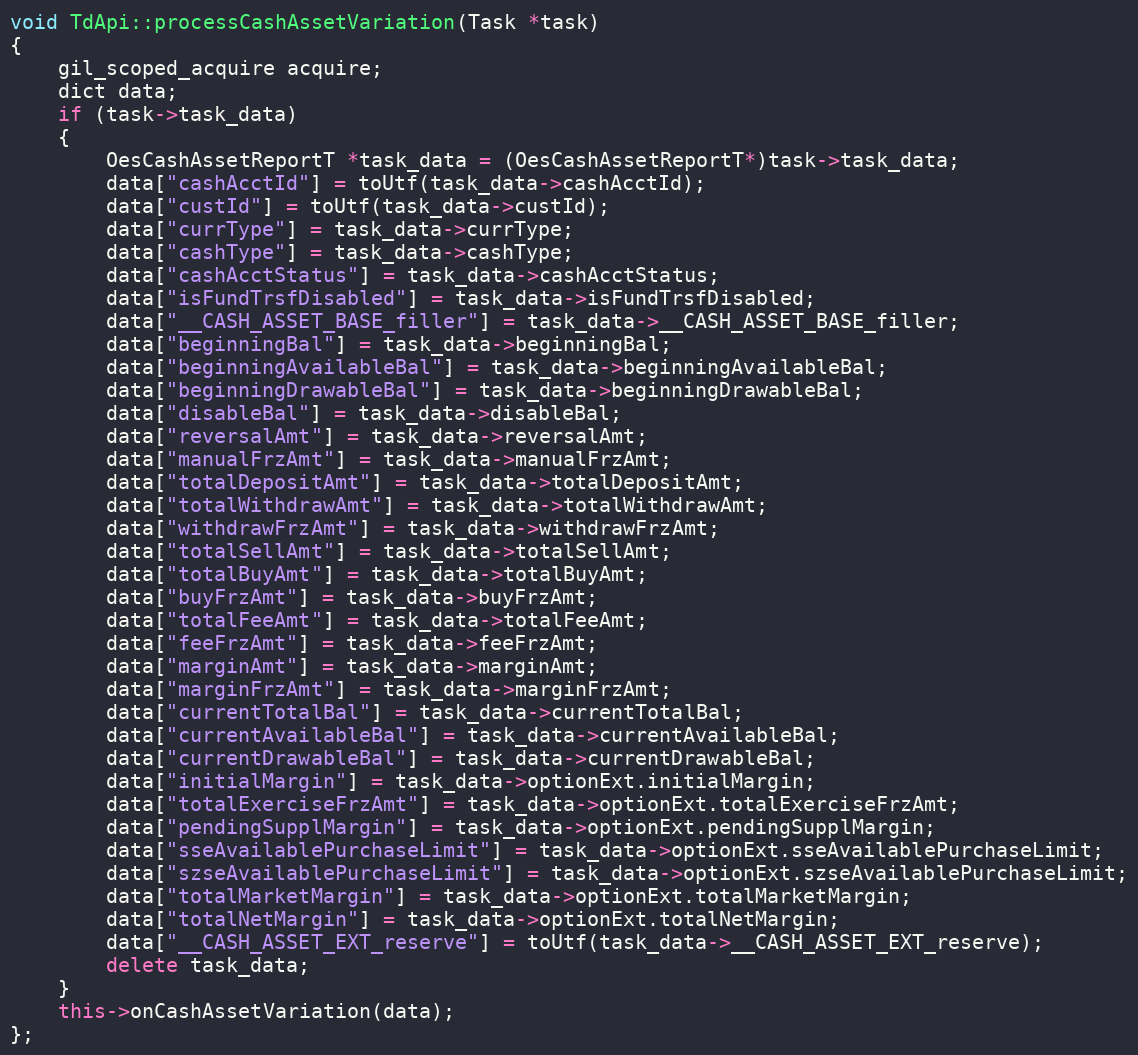
Language: C++
void TdApi::processCashAssetVariation(Task *task)
{
	gil_scoped_acquire acquire;
	dict data;
	if (task->task_data)
	{
		OesCashAssetReportT *task_data = (OesCashAssetReportT*)task->task_data;
		data["cashAcctId"] = toUtf(task_data->cashAcctId);
		data["custId"] = toUtf(task_data->custId);
		data["currType"] = task_data->currType;
		data["cashType"] = task_data->cashType;
		data["cashAcctStatus"] = task_data->cashAcctStatus;
		data["isFundTrsfDisabled"] = task_data->isFundTrsfDisabled;
		data["__CASH_ASSET_BASE_filler"] = task_data->__CASH_ASSET_BASE_filler;
		data["beginningBal"] = task_data->beginningBal;
		data["beginningAvailableBal"] = task_data->beginningAvailableBal;
		data["beginningDrawableBal"] = task_data->beginningDrawableBal;
		data["disableBal"] = task_data->disableBal;
		data["reversalAmt"] = task_data->reversalAmt;
		data["manualFrzAmt"] = task_data->manualFrzAmt;
		data["totalDepositAmt"] = task_data->totalDepositAmt;
		data["totalWithdrawAmt"] = task_data->totalWithdrawAmt;
		data["withdrawFrzAmt"] = task_data->withdrawFrzAmt;
		data["totalSellAmt"] = task_data->totalSellAmt;
		data["totalBuyAmt"] = task_data->totalBuyAmt;
		data["buyFrzAmt"] = task_data->buyFrzAmt;
		data["totalFeeAmt"] = task_data->totalFeeAmt;
		data["feeFrzAmt"] = task_data->feeFrzAmt;
		data["marginAmt"] = task_data->marginAmt;
		data["marginFrzAmt"] = task_data->marginFrzAmt;
		data["currentTotalBal"] = task_data->currentTotalBal;
		data["currentAvailableBal"] = task_data->currentAvailableBal;
		data["currentDrawableBal"] = task_data->currentDrawableBal;
		data["initialMargin"] = task_data->optionExt.initialMargin;
		data["totalExerciseFrzAmt"] = task_data->optionExt.totalExerciseFrzAmt;
		data["pendingSupplMargin"] = task_data->optionExt.pendingSupplMargin;
		data["sseAvailablePurchaseLimit"] = task_data->optionExt.sseAvailablePurchaseLimit;
		data["szseAvailablePurchaseLimit"] = task_data->optionExt.szseAvailablePurchaseLimit;
		data["totalMarketMargin"] = task_data->optionExt.totalMarketMargin;
		data["totalNetMargin"] = task_data->optionExt.totalNetMargin;
		data["__CASH_ASSET_EXT_reserve"] = toUtf(task_data->__CASH_ASSET_EXT_reserve);
		delete task_data;
	}
	this->onCashAssetVariation(data);
};